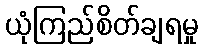
ယုံကြည်စိတ်ချရမှု